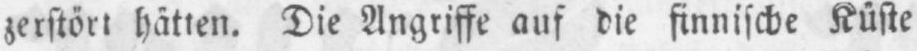
zerstört hätten. Die Angriffe auf die finnische Küste